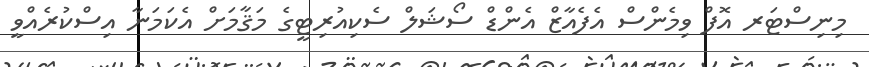
މިނިސްޓަރ އޮފް ވިމެންސް އެފެއާޒް އެންޑް ސޯޝަލް ސެކިއުރިޓީގެ މަޤާމަށް އެކަމަނާ އިސްކުރެއްވީ